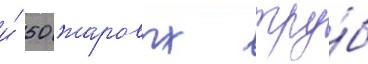
и́ 50 жаровых тру́б